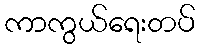
ကာကွယ်ရေးတပ်